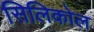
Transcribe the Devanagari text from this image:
सिलिकोल